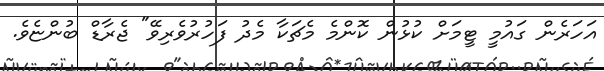
އަހަރެން ގައުމީ ޓީމަށް ކުޅުން ކޮންމެ މެޗަކާ މެދު ފަހުރުވެރިވޭ" ޖެރާޑް ބުންޏެވެ.